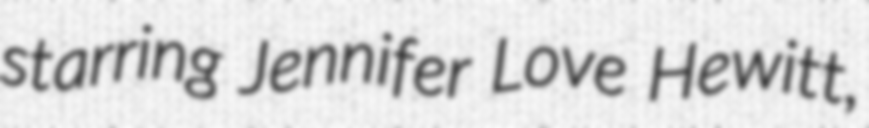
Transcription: starring Jennifer Love Hewitt,